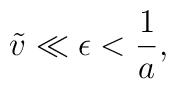
\tilde v\ll\epsilon<{1\over a},